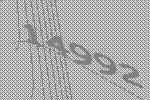
14992